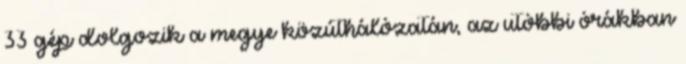
33 gép dolgozik a megye közúthálózatán, az utóbbi órákban